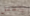
بالطفل